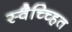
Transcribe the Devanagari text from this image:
स्वैच्च्हित